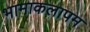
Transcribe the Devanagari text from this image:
भामाकलापम